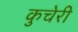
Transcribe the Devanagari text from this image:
कुचेरी